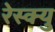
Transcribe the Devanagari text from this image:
रेस्क्यु